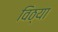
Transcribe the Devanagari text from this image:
विठ्या